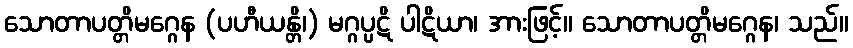
သောတာပတ္တိမဂ္ဂေန (ပဟီယန္တိ၊) မဂ္ဂပ္ပဋိ ပါဋိယာ၊ အားဖြင့်။ သောတာပတ္တိမဂ္ဂေန၊ သည်။